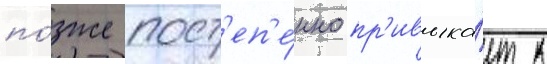
по́зже пост'еп'е́нно пр'ивыка́ет к